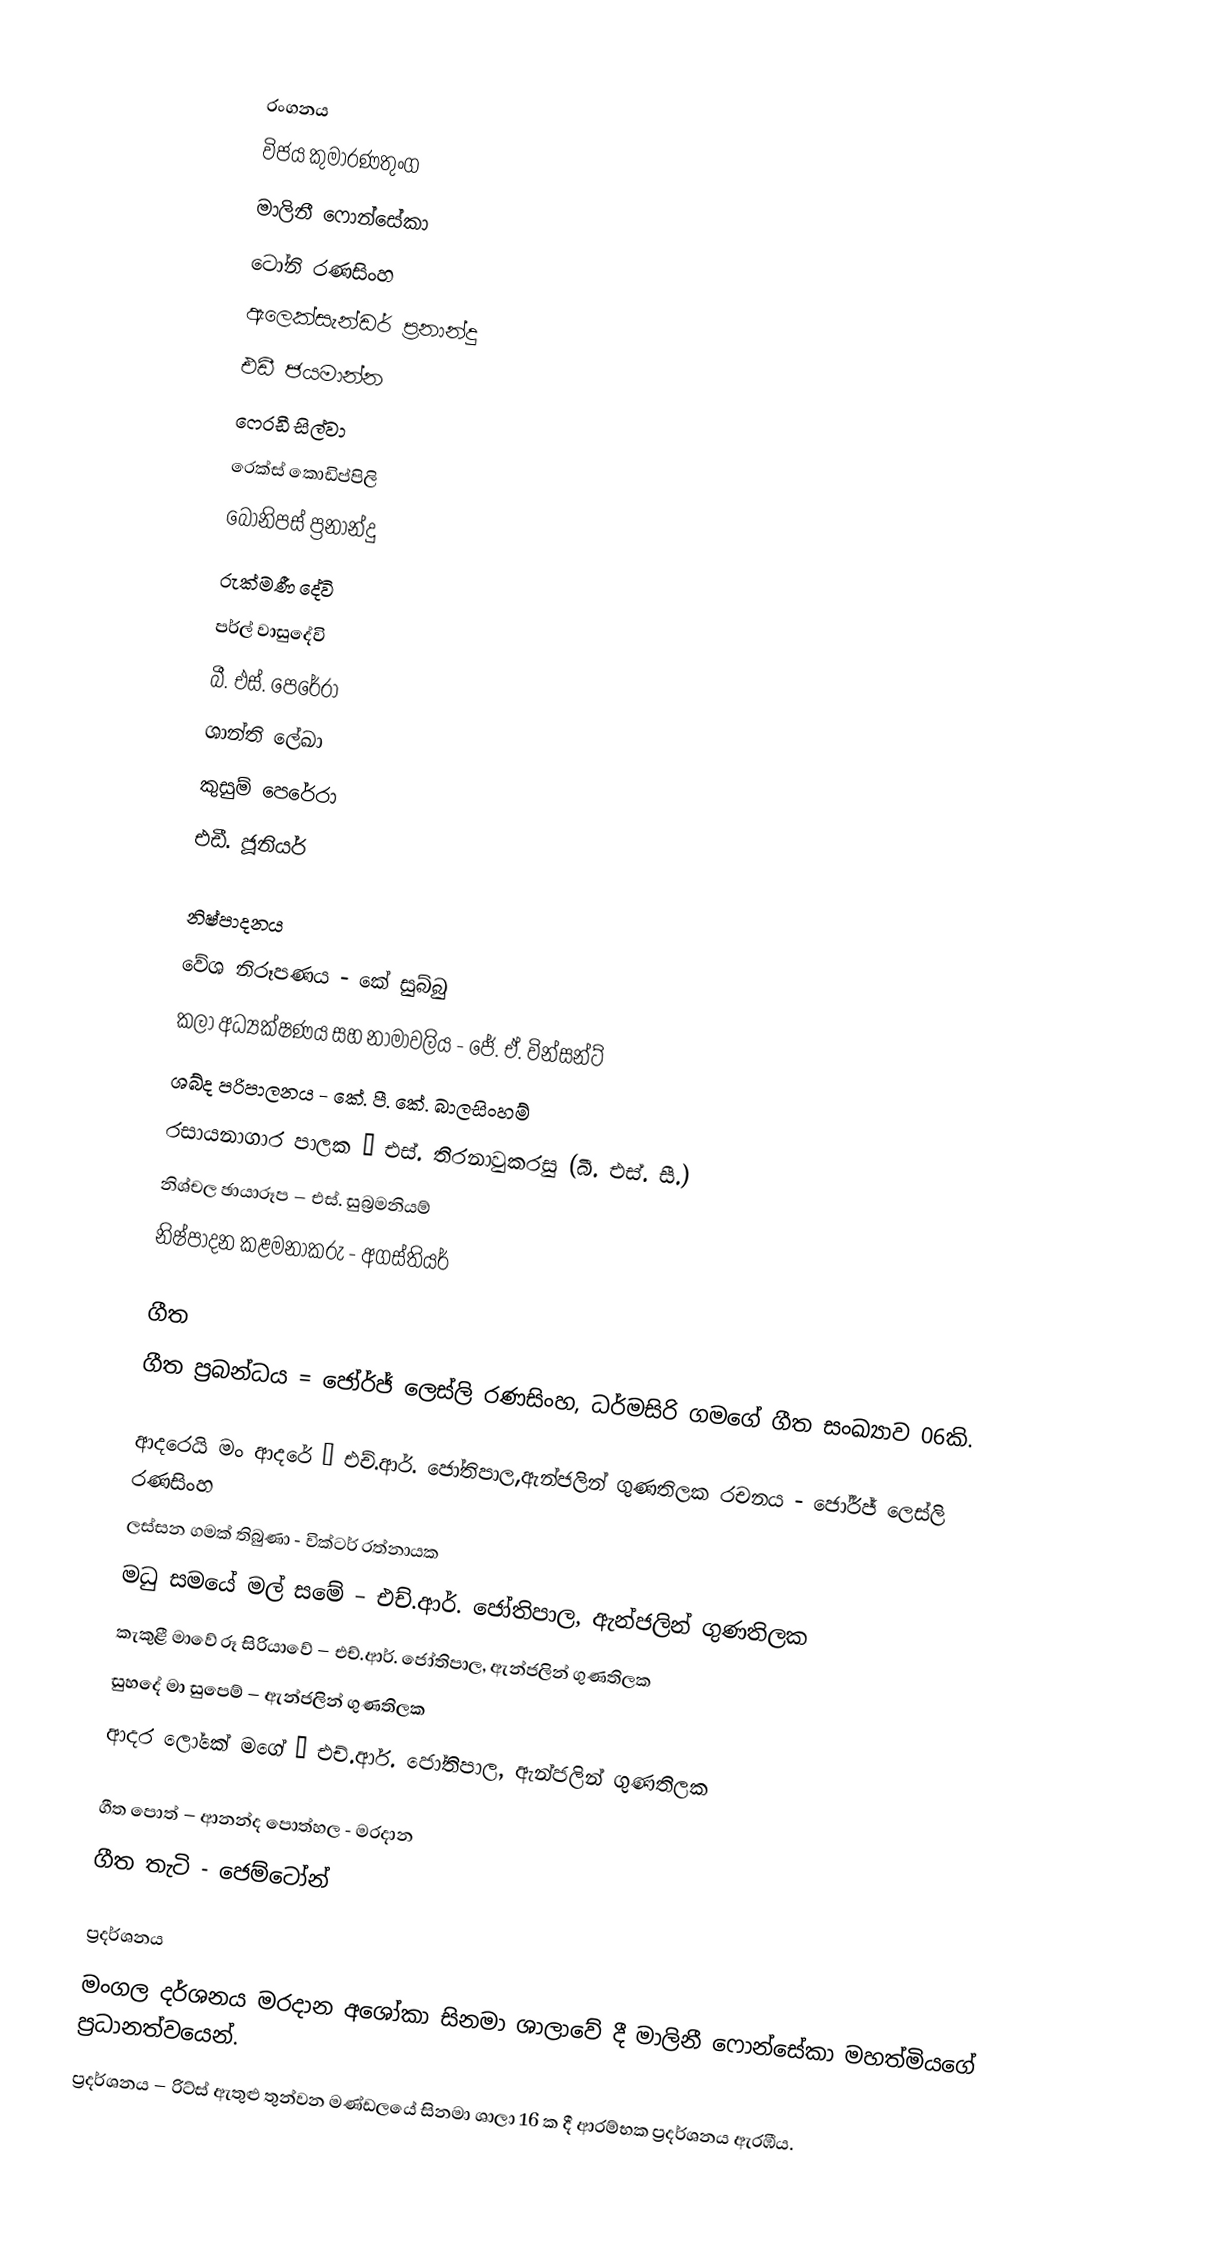

රංගනය
විජය කුමාරණතුංග
මාලිනී ෆොන්සේකා
ටෝනි රණසිංහ
ඇලෙක්සැන්ඩර් ප්‍රනාන්දු
එඩී ජයමාන්න
ෆෙ‍්‍රඩී සිල්වා
රෙක්ස් කොඩිප්පිලි
බොනිපස් ප්‍රනාන්දු
රුක්මණී දේවි
පර්ල් වාසුදේවි
බී. එස්. පෙරේරා
ශාන්ති ලේඛා
කුසුම් පෙරේරා
එඩී. ජූනියර්

නිෂ්පාදනය
වේශ නිරූපණය - කේ සුබ්බු
කලා අධ්‍යක්ෂණය සහ නාමාවලිය - ජේ. ඒ. වින්සන්ට්
ශබ්ද පරිපාලනය - කේ. පී. කේ. බාලසිංහම්
රසායනාගාර පාලක – එස්. තිරනාවුකරසු (බී. එස්. සී.)
නිශ්චල ඡායාරූප – එස්. සුබ්‍රමනියම්
නිෂ්පාදන කළමනාකරු - අගස්තියර්

ගීත
ගීත ප්‍රබන්ධය = ජෝර්ජ් ලෙස්ලි රණසිංහ, ධර්මසිරි ගමගේ ගීත සංඛ්‍යාව 06කි.

ආදරෙයි මං ආදරේ – එච්.ආර්. ජෝතිපාල,ඇන්ජලින් ගුණතිලක රචනය - ජෝර්ජ් ලෙස්ලි රණසිංහ
ලස්සන ගමක් තිබුණා - වික්ටර් රත්නායක
මධු සමයේ මල් සමේ – එච්.ආර්. ජෝතිපාල, ඇන්ජලින් ගුණතිලක
කැකුළී මාවේ රූ සිරියාවේ – එච්.ආර්. ජෝතිපාල, ඇන්ජලින් ගුණතිලක
සුහදේ මා සුපෙම් – ඇන්ජලින් ගුණතිලක
ආදර ලෝකේ මගේ – එච්.ආර්. ජෝතිපාල, ඇන්ජලින් ගුණතිලක

ගීත පොත් – ආනන්ද පොත්හල - මරදාන
ගීත තැටි - ජෙම්ටෝන්

ප්‍රදර්ශනය
මංගල දර්ශනය මරදාන අශෝකා සිනමා ශාලාවේ දී මාලිනී ෆොන්සේකා මහත්මියගේ ප්‍රධානත්වයෙන්.
ප්‍රදර්ශනය – රිට්ස් ඇතුළු තුන්වන මණ්ඩලයේ සිනමා ශාලා 16 ක දී ආරම්භක ප්‍රදර්ශනය ඇරඹීය.